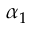
\alpha _ { 1 }